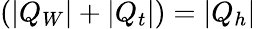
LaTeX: (|Q_{W}|+|Q_{t}|)=|Q_{h}|